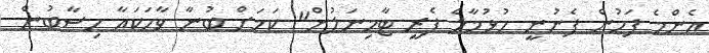
އެންމެ ފަހުން ފެނުނީ ހުޅުމާލެ ފެރީ ޓާމިނަލުން" ކަމަށް ބުނާ ވާހަކައާ ހިސާބުން